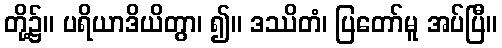
တို့၌။ ပရိယာဒိယိတွာ၊ ၍။ ဒဿိတံ၊ ပြတော်မူ အပ်ပြီ။